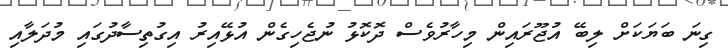
ގިނަ ބަޔަކަށް ލިބޭ އުޖޫރައިން މިހާރުވެސް ދޮކޮޅު ނުޖެހިގެން އުޅޭއިރު އިގުތިސާދުގައި މުދަލާއި